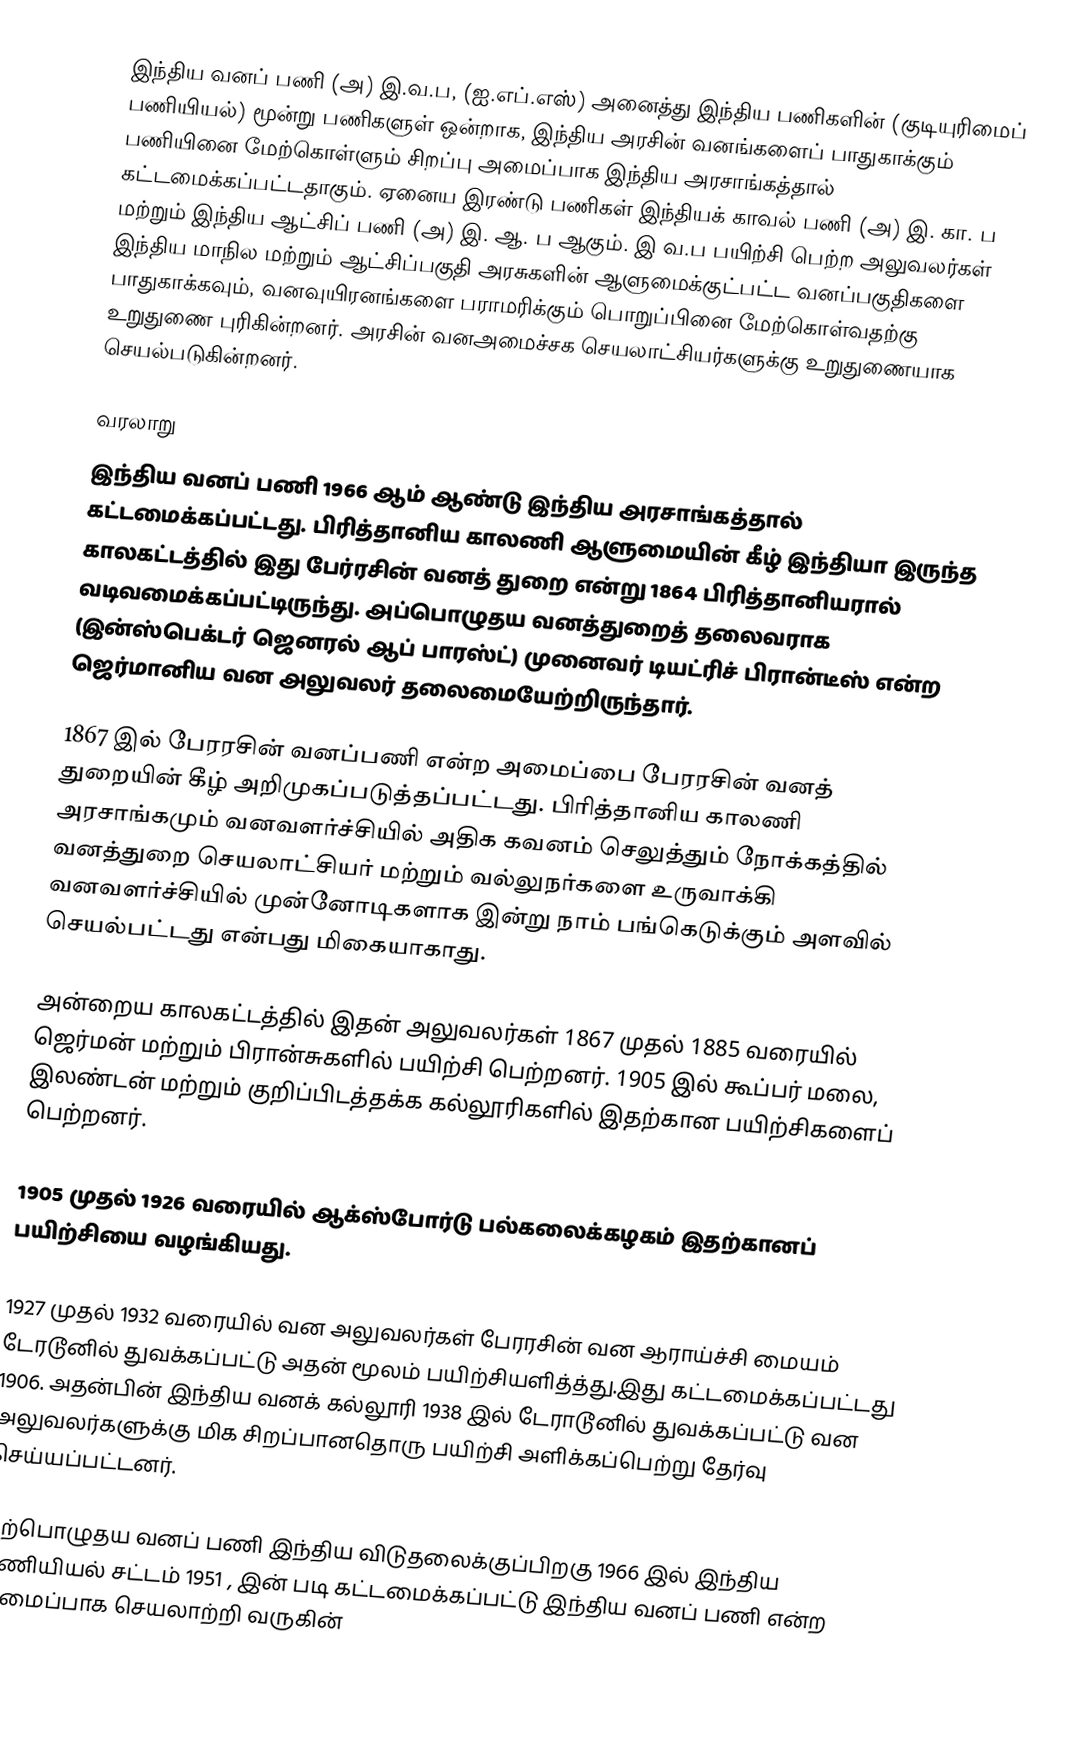
இந்திய வனப் பணி (அ) இ.வ.ப, (ஐ.எப்.எஸ்)  அனைத்து இந்திய பணிகளின் (குடியுரிமைப் பணியியல்) மூன்று பணிகளுள் ஒன்றாக, இந்திய அரசின் வனங்களைப் பாதுகாக்கும் பணியினை மேற்கொள்ளும் சிறப்பு அமைப்பாக இந்திய அரசாங்கத்தால்  கட்டமைக்கப்பட்டதாகும். ஏனைய இரண்டு பணிகள் இந்தியக் காவல் பணி (அ) இ. கா. ப மற்றும் இந்திய ஆட்சிப் பணி (அ) இ. ஆ. ப ஆகும். இ வ.ப பயிற்சி பெற்ற அலுவலர்கள் இந்திய மாநில மற்றும் ஆட்சிப்பகுதி அரசுகளின் ஆளுமைக்குட்பட்ட வனப்பகுதிகளை பாதுகாக்கவும், வனவுயிரனங்களை பராமரிக்கும் பொறுப்பினை மேற்கொள்வதற்கு  உறுதுணை புரிகின்றனர். அரசின் வனஅமைச்சக செயலாட்சியர்களுக்கு உறுதுணையாக செயல்படுகின்றனர்.

வரலாறு
இந்திய வனப் பணி 1966  ஆம் ஆண்டு இந்திய அரசாங்கத்தால் கட்டமைக்கப்பட்டது. பிரித்தானிய காலணி ஆளுமையின் கீழ் இந்தியா இருந்த காலகட்டத்தில் இது பேர்ரசின் வனத் துறை என்று 1864 பிரித்தானியரால் வடிவமைக்கப்பட்டிருந்து. அப்பொழுதய வனத்துறைத் தலைவராக (இன்ஸ்பெக்டர் ஜெனரல் ஆப் பாரஸ்ட்) முனைவர் டியட்ரிச் பிரான்டீஸ் என்ற ஜெர்மானிய வன அலுவலர் தலைமையேற்றிருந்தார்.

1867 இல் பேரரசின் வனப்பணி என்ற அமைப்பை பேரரசின் வனத் துறையின் கீழ் அறிமுகப்படுத்தப்பட்டது. பிரித்தானிய காலணி அரசாங்கமும் வனவளர்ச்சியில் அதிக கவனம் செலுத்தும் நோக்கத்தில் வனத்துறை செயலாட்சியர் மற்றும் வல்லுநர்களை உருவாக்கி வனவளர்ச்சியில் முன்னோடிகளாக இன்று நாம் பங்கெடுக்கும் அளவில் செயல்பட்டது என்பது மிகையாகாது.

அன்றைய காலகட்டத்தில் இதன் அலுவலர்கள் 1867 முதல் 1885 வரையில் ஜெர்மன் மற்றும் பிரான்சுகளில் பயிற்சி பெற்றனர். 1905 இல் கூப்பர் மலை, இலண்டன் மற்றும் குறிப்பிடத்தக்க கல்லூரிகளில் இதற்கான பயிற்சிகளைப் பெற்றனர்.

1905 முதல் 1926 வரையில் ஆக்ஸ்போர்டு பல்கலைக்கழகம் இதற்கானப் பயிற்சியை வழங்கியது.

1927 முதல் 1932 வரையில் வன அலுவலர்கள் பேரரசின் வன ஆராய்ச்சி மையம் டேரடூனில் துவக்கப்பட்டு அதன் மூலம் பயிற்சியளித்த்து.இது கட்டமைக்கப்பட்டது 1906. அதன்பின் இந்திய வனக் கல்லூரி 1938 இல் டேராடூனில் துவக்கப்பட்டு வன அலுவலர்களுக்கு மிக சிறப்பானதொரு பயிற்சி அளிக்கப்பெற்று தேர்வு செய்யப்பட்டனர்.

தற்பொழுதய வனப் பணி இந்திய விடுதலைக்குப்பிறகு 1966 இல் இந்திய பணியியல் சட்டம் 1951 , இன் படி கட்டமைக்கப்பட்டு இந்திய வனப் பணி என்ற அமைப்பாக செயலாற்றி வருகின்